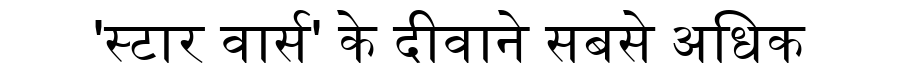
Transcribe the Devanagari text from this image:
'स्टार वार्स' के दीवाने सबसे अधिक